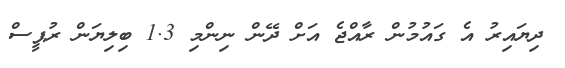
ދިޔައިރު އެ ގައުމުން ރާއްޖެ އަށް ދޭން ނިންމި 1.3 ބިލިޔަން ރުޕީސް